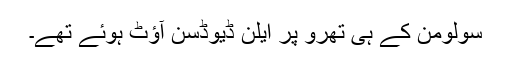
سولومن کے ہی تھرو پر ایلن ڈیوڈسن آؤٹ ہوئے تھے۔